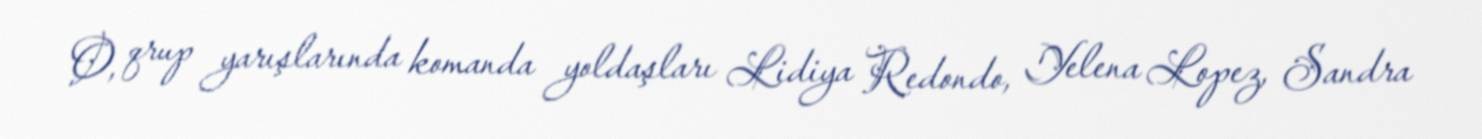
O, qrup yarışlarında komanda yoldaşları Lidiya Redondo, Yelena Lopez, Sandra